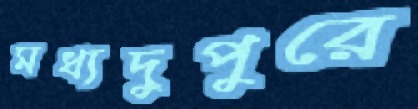
মধ্যদুপুরে